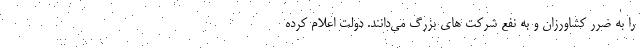
را به ضرر کشاورزان و به نفع شرکت های بزرگ می‌دانند. دولت اعلام کرده